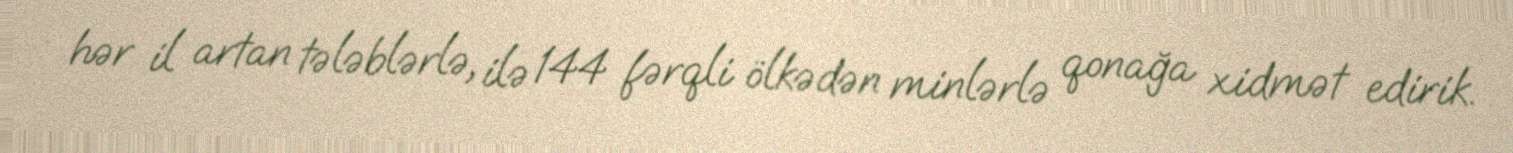
hər il artan tələblərlə, ilə 144 fərqli ölkədən minlərlə qonağa xidmət edirik.